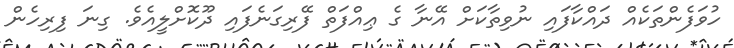
ހުވަފެންތަކެއް ދައްކާފައި ނުވިތާކަށް އޭނާ ގެ ޢިއްފަތް ފޭރިގަނެފައި ދޫކޮށްލީއެވެ. ގިނަ ފިރިހެން